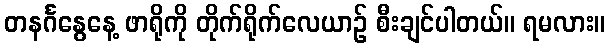
တနင်္ဂနွေနေ့ ဖာရိုကို တိုက်ရိုက်လေယာဉ် စီးချင်ပါတယ်။ ရမလား။